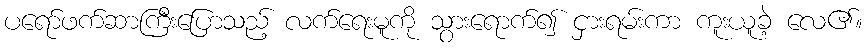
ပရော်ဖက်ဆာကြီးပြောသည့် လက်ရေးမူကို သွားရောက်၍ ငှားရမ်းကာ ကူးယူခဲ့ လေ၏။